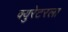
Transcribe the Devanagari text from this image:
क्युरेटरला